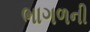
ભાગળની